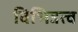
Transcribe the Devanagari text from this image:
विभिन्नत्व